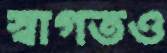
স্বাগতও